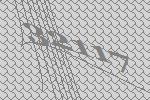
32117